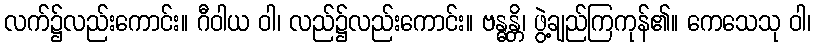
လက်၌လည်းကောင်း။ ဂီဝါယ ဝါ၊ လည်၌လည်းကောင်း။ ဗန္ဓန္တိ၊ ဖွဲ့ချည်ကြကုန်၏။ ကေသေသု ဝါ၊